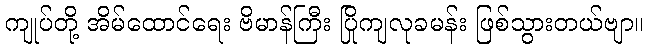
ကျုပ်တို့ အိမ်ထောင်ရေး ဗိမာန်ကြီး ပြိုကျလုခမန်း ဖြစ်သွားတယ်ဗျာ။